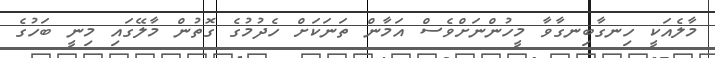
މާލެއަކީ ހިނގާބިނގާވާ މީހުންނަށްވެސް އަމާން ތަނަކަށް ހެދުމުގެ ގޮތުން މާލޭގައި މިނީ ބަހުގެ